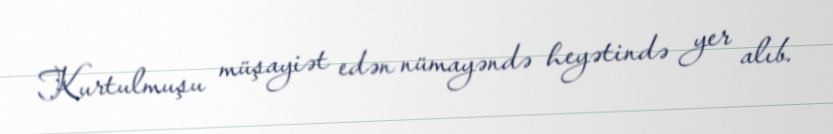
Kurtulmuşu müşayiət edən nümayəndə heyətində yer alıb.